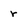
Character: r